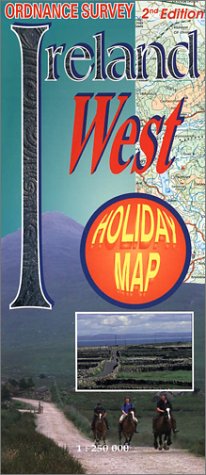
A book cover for Ireland: West (Holiday Map); Ordnance Survey of Ireland; Travel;